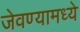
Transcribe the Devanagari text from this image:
जेवण्यामध्ये